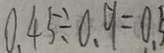
0 . 4 5 \div 0 . 9 = 0 . 5